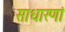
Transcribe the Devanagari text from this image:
साधारणां